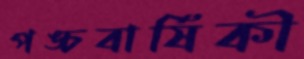
পঙ্চবার্ষিকী